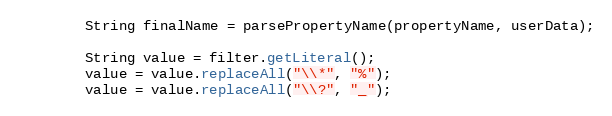
Language: Java
		String finalName = parsePropertyName(propertyName, userData);

		String value = filter.getLiteral();
		value = value.replaceAll("\\*", "%");
		value = value.replaceAll("\\?", "_");